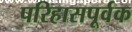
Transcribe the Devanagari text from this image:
परिहासपूर्वक